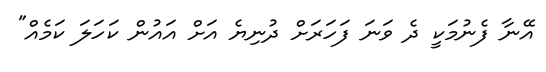
އޭނާ ފެނުމަކީ ދެ ވަނަ ފަހަރަށް ދުނިޔެ އަށް އައުން ކަހަލަ ކަމެއް"